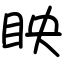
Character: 眏